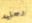
رجليه